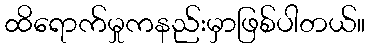
ထိရောက်မှုကနည်းမှာဖြစ်ပါတယ်။